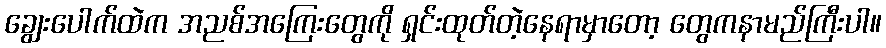
ချွေးပေါက်ထဲက အညစ်အကြေးတွေကို ရှင်းထုတ်တဲ့နေရာမှာတော့ တွေကနာမည်ကြီးပါ။